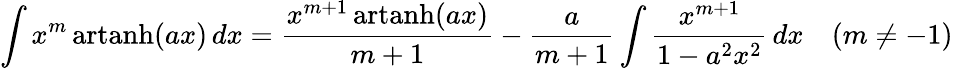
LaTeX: \int x^{m}\operatorname{artanh}(ax)\, dx={\frac{x^{m+1}\operatorname{artanh}(ax)}{m+1}}-{\frac{a}{m+1}}\int{\frac{x^{m+1}}{1-a^{2}x^{2}}}\, dx\quad(m\neq-1)